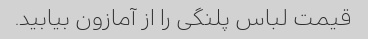
قیمت لباس پلنگی را از آمازون بیابید.